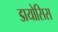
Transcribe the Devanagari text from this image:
डायोसिस